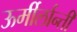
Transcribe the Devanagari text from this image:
ऊर्मीर्लान्ती